Sanitation, dispensaries and jails vaccination Rajputana 1922-1927 - 1922-1927
Year: 1922
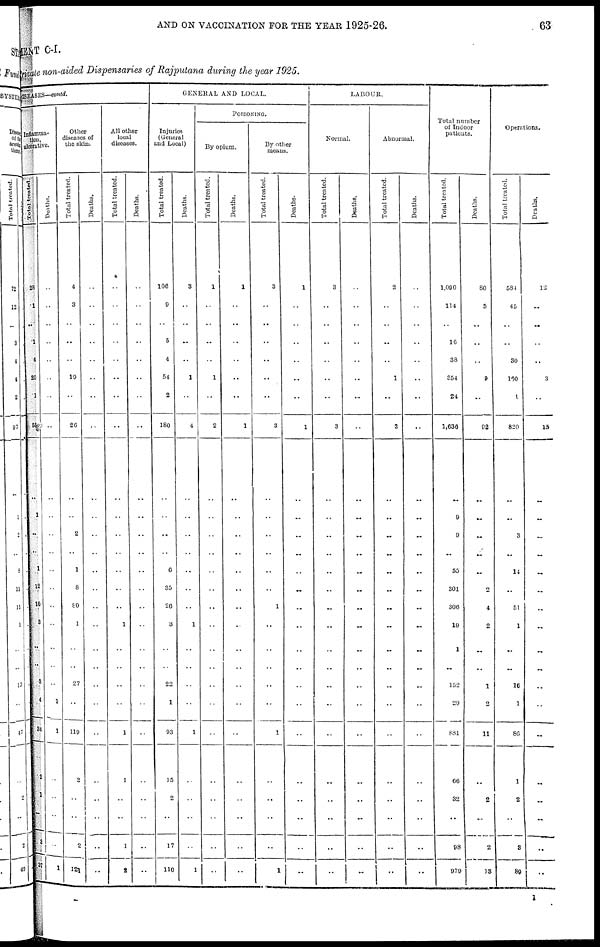
AND ON VACCINATION FOR THE YEAR 1925-26.
63
MENT C-I.
Private non-aided Dispensaries of Rajputana during the year 1925.
DISEASES—contd.
Inflamm¬
tion,
ulcerative.
Total treated.
28
1
..
1
4
20
1
55
..
1
..
..
1
12
10
3
..
..
3
4
34
2
1
..
8
31
Deaths.
..
..
..
..
..
..
..
..
..
..
..
..
..
..
..
..
..
..
..
1
1
..
..
..
..
1
Other
diseases of
the skin.
Total treated.
4
3
..
..
..
10
..
20
..
..
2
..
1
8
80
1
..
..
27
..
119
2
..
..
2
121
Deaths.
..
..
..
..
..
..
..
..
..
..
..
..
..
..
..
..
..
..
..
..
..
..
..
..
..
..
All other
local
diseases.
Total treated.
..
..
..
..
..
..
..
..
..
..
..
..
..
..
..
1
..
..
..
..
1
1
..
..
1
2
Deaths.
..
..
..
..
..
..
..
..
..
..
..
..
..
..
..
..
..
..
..
..
..
..
..
..
..
..
GENERAL AND LOCAL.
Injuries
(General
and Local)
Total treated.
106
9
..
5
4
54
2
180
..
..
..
..
6
35
20
3
..
..
22
1
93
15
2
..
17
110
Deaths.
3
..
..
..
..
1
..
4
..
..
..
..
..
..
..
1
..
..
..
..
1
..
..
..
..
1
POISONING.
By opium.
Total treated.
..
..
..
..
..
1
..
2
..
..
..
..
..
..
..
..
..
..
..
..
..
..
..
..
..
..
Deaths.
1
..
..
..
..
..
..
1
..
..
..
..
..
..
..
..
..
..
..
..
..
..
..
..
..
..
By other
means.
Total treated.
3
..
..
..
..
..
..
3
..
..
..
..
..
..
1
..
..
..
..
..
1
..
..
..
..
1
Deaths.
1
..
..
..
..
..
..
1
..
..
..
..
..
..
..
..
..
..
..
..
..
..
..
..
..
..
LABOUR.
Normal.
Total treated.
3
..
..
..
..
..
..
3
..
..
..
..
..
..
..
..
..
..
..
..
..
..
..
..
..
..
Deaths.
..
..
..
..
..
..
..
..
..
..
..
..
..
..
..
..
..
..
..
..
..
..
..
..
..
..
Abnormal.
Total treated.
2
..
..
..
..
1
..
3
..
..
..
..
..
..
..
..
..
..
...
..
..
..
..
..
..
Deaths.
..
..
..
..
..
..
..
..
..
..
..
..
..
..
..
..
..
..
..
..
..
..
..
..
..
Total number
of Indoor
patients.
Total treated.
1,090
114
..
16
38
354
24
1,636
..
9
9
..
55
301
300
19
1
..
152
29
831
66
32
..
98
979
Deaths.
80
3
..
..
..
9
..
92
..
..
..
..
..
2
4
2
..
1
2
11
..
2
..
2
13
Operations.
Total treated.
584
45
..
..
30
160
1
820
..
..
3
..
14
..
51
1
..
..
16
1
86
1
2
..
8
89
Deaths.
12
..
..
..
..
3
..
15
..
..
..
..
..
..
..
..
..
..
..
..
..
..
..
..
..
I